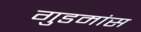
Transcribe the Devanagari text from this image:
गुडमांस